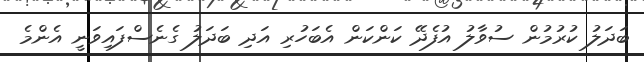
ބަދަލު ކުރުމުން ސުވާލު އުފެދޭ ކަންކަން އެބަހުރި އަދި ބަދަލު ގެނެސްފައިވަނީ އެންމެ